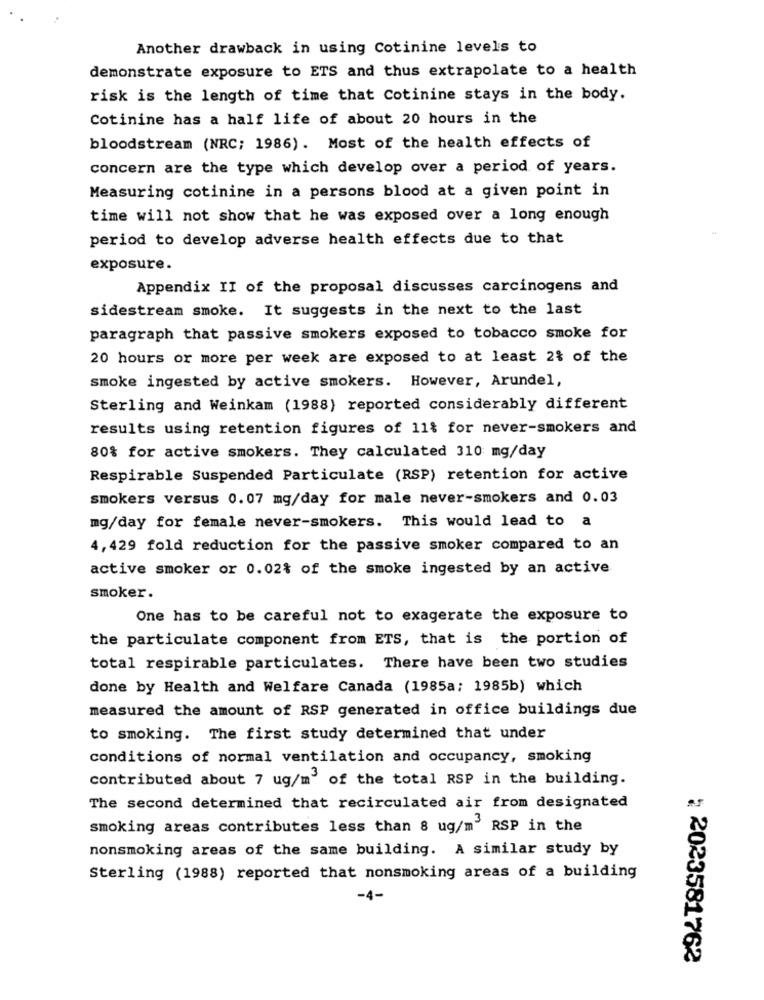
Another drawback in using Cotinine levels to
demonstrate exposure to ETS and thus extrapolate to a health
risk is the length of time that Cotinine stays in the body.
Cotinine has a half life of about 20 hours in the
bloodstream (NRC; 1986). Most of the health effects of
concern are the type which develop over a period of years.
Measuring cotinine in a persons blood at a given point in
time will not show that he was exposed over a long enough
period to develop adverse health effects due to that
exposure.
Appendix II of the proposal discusses carcinogens and
sidestream smoke. It suggests in the next to the last
paragraph that passive smokers exposed to tobacco smoke for
20 hours or more per week are exposed to at least 2% of the
smoke ingested by active smokers. However, Arundel,
Sterling and Weinkam (1988) reported considerably different
results using retention figures of 11% for never-smokers and
80% for active smokers. They calculated 310 mg/day
Respirable Suspended Particulate (RSP) retention for active
smokers versus 0.07 mg/day for male never-smokers and 0.03
mg/day for female never-smokers. This would lead to a
4, 429 fold reduction for the passive smoker compared to an
active smoker or 0.02% of the smoke ingested by an active
smoker.
One has to be careful not to exagerate the exposure to
the particulate component from ETS, that is the portion of
total respirable particulates. There have been two studies
done by Health and Welfare Canada (1985a; 1985b) which
measured the amount of RSP generated in office buildings due
to smoking. The first study determined that under
conditions of normal ventilation and occupancy, smoking
contributed about 7 ug/m' of the total RSP in the building.
The second determined that recirculated air from designated
smoking areas contributes less than 8 ug/m' RSP in the
nonsmoking areas of the same building. A similar study by
Sterling (1988) reported that nonsmoking areas of a building
-4-
: 2023581762